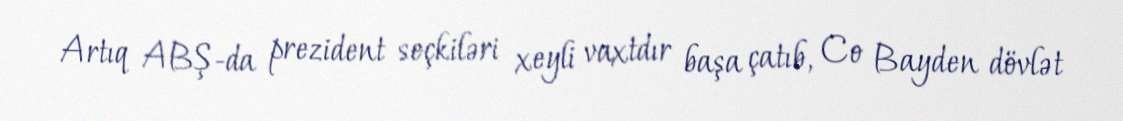
Artıq ABŞ-da prezident seçkiləri xeyli vaxtdır başa çatıb, Co Bayden dövlət